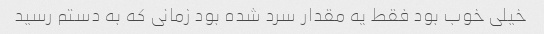
خیلی خوب بود فقط یه مقدار سرد شده بود زمانی که به دستم رسید